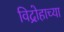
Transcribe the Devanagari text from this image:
विद्रोहाच्या